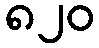
၈၂၀